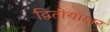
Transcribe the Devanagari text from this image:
द्वितीयाक्षर